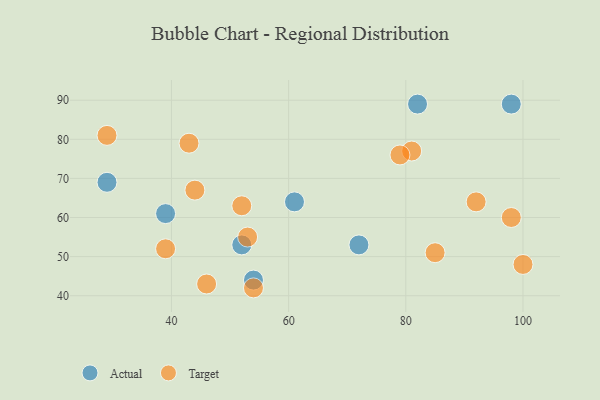
{"axis": {"x": "GDP", "y": "Life Expectancy"}, "legend": ["Actual", "Target"], "data": [{"x": "98", "y": 89, "type": "Actual"}, {"x": "72", "y": 53, "type": "Actual"}, {"x": "39", "y": 61, "type": "Actual"}, {"x": "82", "y": 89, "type": "Actual"}, {"x": "52", "y": 53, "type": "Actual"}, {"x": "29", "y": 69, "type": "Actual"}, {"x": "61", "y": 64, "type": "Actual"}, {"x": "54", "y": 44, "type": "Actual"}, {"x": "85", "y": 51, "type": "Target"}, {"x": "46", "y": 43, "type": "Target"}, {"x": "100", "y": 48, "type": "Target"}, {"x": "54", "y": 42, "type": "Target"}, {"x": "52", "y": 63, "type": "Target"}, {"x": "81", "y": 77, "type": "Target"}, {"x": "98", "y": 60, "type": "Target"}, {"x": "39", "y": 52, "type": "Target"}, {"x": "43", "y": 79, "type": "Target"}, {"x": "53", "y": 55, "type": "Target"}, {"x": "92", "y": 64, "type": "Target"}, {"x": "79", "y": 76, "type": "Target"}, {"x": "44", "y": 67, "type": "Target"}, {"x": "29", "y": 81, "type": "Target"}]}